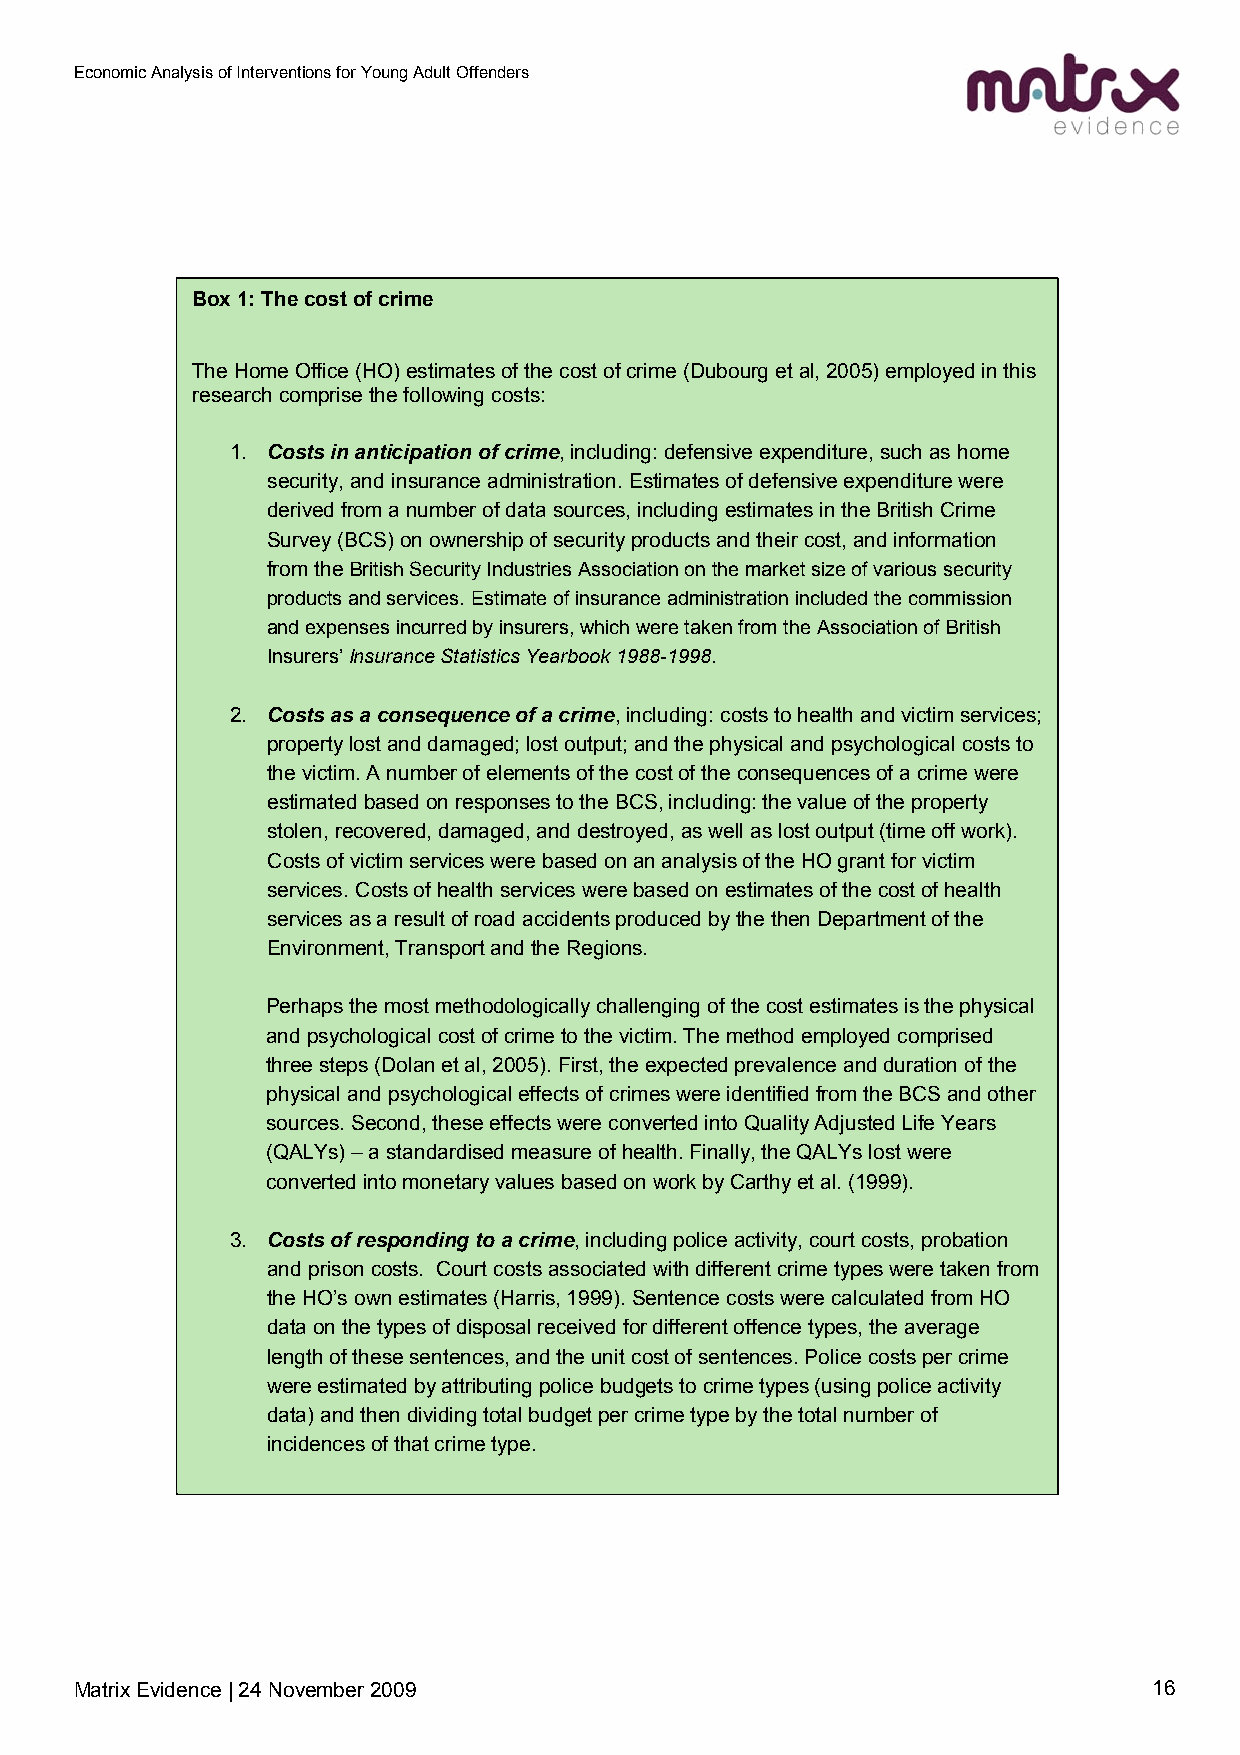
Economic Analysis of Interventions for Young Adult Offenders
 Box 1: The cost of crime
 The Home Office (HO) estimates of the cost of crime (Dubourg et al, 2005) employed in this
 research comprise the following costs:
 1. Costs in anticipation of crime, including: defensive expenditure, such as home
 security, and insurance administration. Estimates of defensive expenditure were
 derived from a number of data sources, including estimates in the British Crime
 Survey (BCS) on ownership of security products and their cost, and information
 from the British Security Industries Association on the market size of various security
 products and services. Estimate of insurance administration included the commission
 and expenses incurred by insurers, which were taken from the Association of British
 Insurers’ Insurance Statistics Yearbook 1988-1998.
 2. Costs as a consequence of a crime, including: costs to health and victim services;
 property lost and damaged; lost output; and the physical and psychological costs to
 the victim. A number of elements of the cost of the consequences of a crime were
 estimated based on responses to the BCS, including: the value of the property
 stolen, recovered, damaged, and destroyed, as well as lost output (time off work).
 Costs of victim services were based on an analysis of the HO grant for victim
 services. Costs of health services were based on estimates of the cost of health
 services as a result of road accidents produced by the then Department of the
 Environment, Transport and the Regions.
 Perhaps the most methodologically challenging of the cost estimates is the physical
 and psychological cost of crime to the victim. The method employed comprised
 three steps (Dolan et al, 2005). First, the expected prevalence and duration of the
 physical and psychological effects of crimes were identified from the BCS and other
 sources. Second, these effects were converted into Quality Adjusted Life Years
 (QALYs) – a standardised measure of health. Finally, the QALYs lost were
 converted into monetary values based on work by Carthy et al. (1999).
 3. Costs of responding to a crime, including police activity, court costs, probation
 and prison costs. Court costs associated with different crime types were taken from
 the HO’s own estimates (Harris, 1999). Sentence costs were calculated from HO
 data on the types of disposal received for different offence types, the average
 length of these sentences, and the unit cost of sentences. Police costs per crime
 were estimated by attributing police budgets to crime types (using police activity
 data) and then dividing total budget per crime type by the total number of
 incidences of that crime type.
 Matrix Evidence | 24 November 2009                                     16